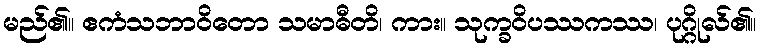
မည်၏။ ဧကံသဘာဝိတော သမာဓီတိ၊ ကား။ သုက္ခဝိပဿကဿ၊ ပုဂ္ဂိုလ်၏။